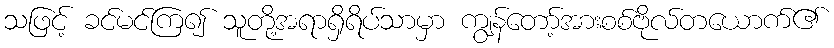
သဖြင့် ခင်မင်ကြ၍ သူတို့အရာရှိရိပ်သာမှာ ကျွန်တော့်အားစစ်ဗိုလ်တယောက်၏